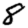
Digit: 8